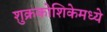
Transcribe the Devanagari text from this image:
शुक्रकोशिकेमध्ये